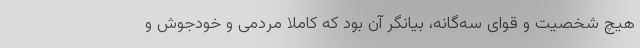
هیچ شخصیت و قوای سه‌گانه، بیانگر آن بود که کاملاً مردمی و خودجوش و